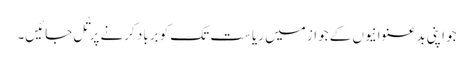
جو اپنی بدعنوانیوں کے جواز میں ریاست تک کو برباد کرنے پر تُل جائیں۔